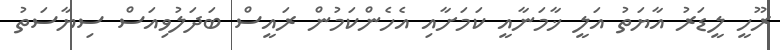
ރޫހީ ލީޑަރު އާޔަތު އަލީ ޚާމަނާއީ ކަމަށާއި އެހެންކަމުން ރައީސް ބަދަލުވިއަސް ސިޔާސަތު